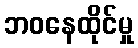
ဘဝနေထိုင်မှု